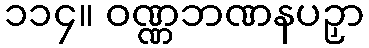
၁၁၄။ ဝဏ္ဏဘဏနပဉှာ